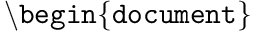
\mathtt { \backslash b e g i n \{ d o c u m e n t \} }